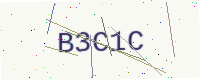
Text: B3C1C